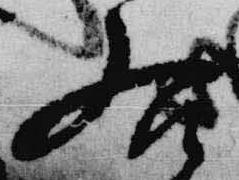
右